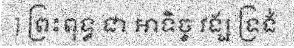
] ព្រះពុទ្ធ ជា អាទិច្ច វង្ស ទ្រង់